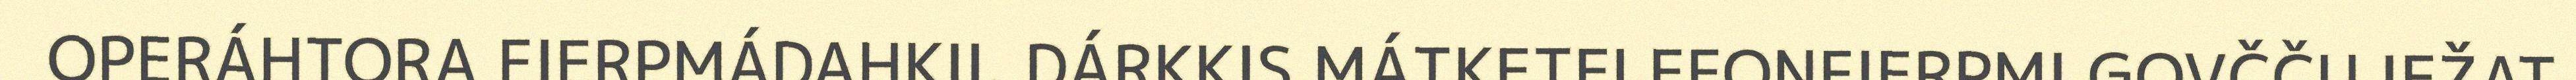
OPERÁHTORA FIERPMÁDAHKII. DÁRKKIS MÁTKETELEFONFIERPMI GOVČČU IEŽAT